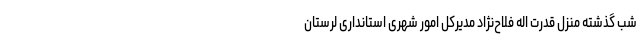
شب گذشته منزل قدرت اله فلاح‌نژاد مدیرکل امور شهری استانداری لرستان